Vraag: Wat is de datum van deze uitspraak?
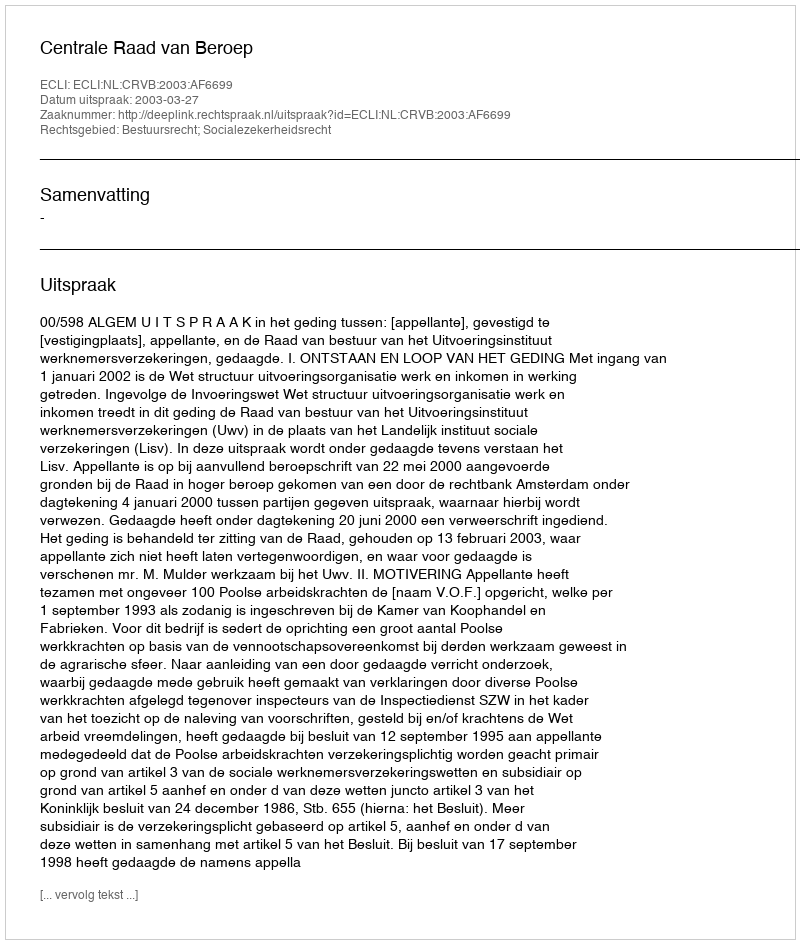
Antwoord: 2003-03-27